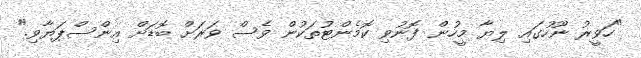
"ހަވީރު ނޫހުގައި ލިޔާ މީހުން ފޮނުވި ކޮމެންޓުތަކުން ވެސް ވަރަށް ބޮޑަށް އިންސްޕަޔާވި."